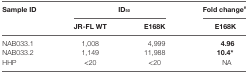
| Sample ID | <COLSPAN=2> ID50 | Fold change# |
 |  | JR-FL WT | E168K | E168K |
 | --- | --- | --- | --- |
 | NAB033.1 | 1,008 | 4,999 | 4.96 |
 | NAB033.2 | 1,149 | 11,988 | 10.4* |
 | HHP | <20 | <20 | NA |